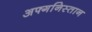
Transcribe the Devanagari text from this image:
अफ्गनिस्तान